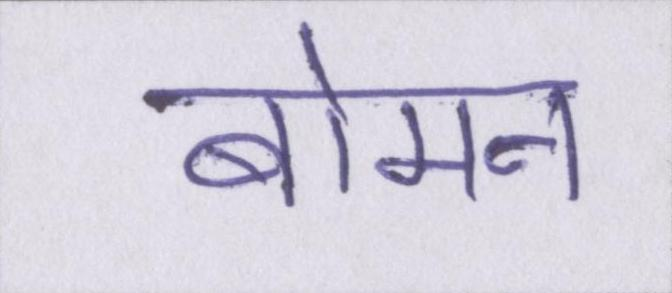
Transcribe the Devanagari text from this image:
बोमन